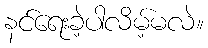
နင်ရေးခဲ့ပါလိမ့်မလဲ။